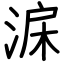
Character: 淭